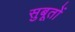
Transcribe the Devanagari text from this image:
सुबूतों